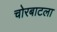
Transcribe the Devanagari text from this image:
चोरबाटला